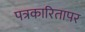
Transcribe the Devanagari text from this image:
पत्रकारितापर